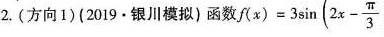
2.(方向1)(2019，。银川模拟)函数 $$f(x)=3 \sin(2x- \frac{\pi}{3}$$